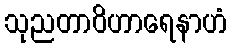
သုညတာဝိဟာရေနာဟံ